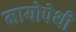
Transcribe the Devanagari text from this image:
मायोपेथी